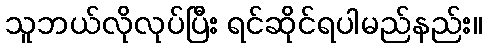
သူဘယ်လိုလုပ်ပြီး ရင်ဆိုင်ရပါမည်နည်း။